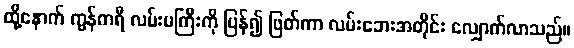
ထို့နောက် ကွန်ကရီ လမ်းမကြီးကို ပြန်၍ ဖြတ်ကာ လမ်းဘေးအတိုင်း လျှောက်လာသည်။